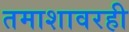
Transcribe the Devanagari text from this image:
तमाशावरही